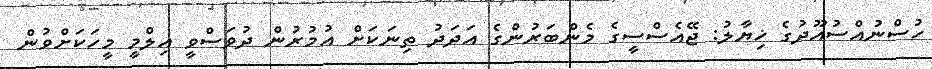
ހުސްނުއްސުއޫދުގެ ޚިޔާލު: ޖޭއެސްސީގެ މެންބަރުންގެ އަދަދު ތިނަކަށް އުމުރުން ދުވަސްވީ އިލްމީ މީހަކަށްވުން